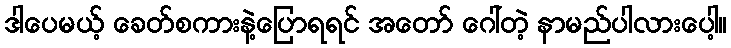
ဒါပေမယ့် ခေတ်စကားနဲ့ပြောရရင် အတော် ဂေါ်တဲ့ နာမည်ပါလားပေါ့။